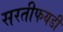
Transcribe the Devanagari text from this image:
सरतीफयडी